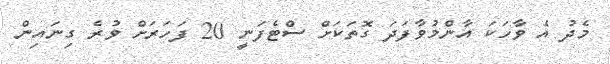
މެދު އެ ވާހަކަ އާންމުވާފަދަ ގޮތަކަށް ސްޓެފަނީ 20 ފަހަރަށް ވުރެ ގިނައިން